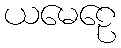
ယမေဠေ